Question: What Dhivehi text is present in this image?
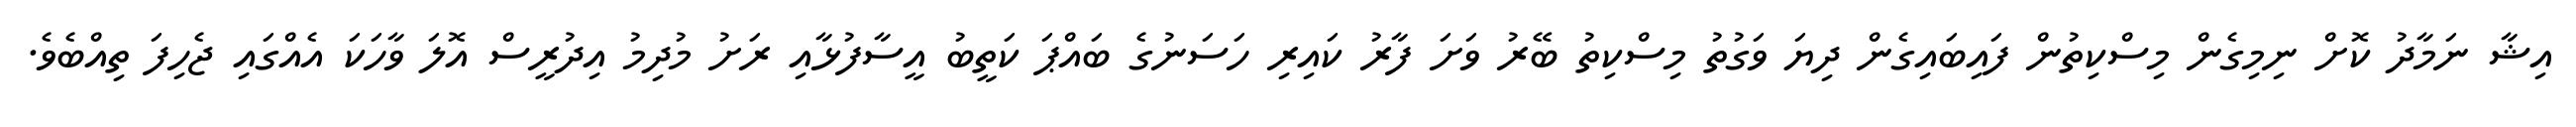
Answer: އިޝާ ނަމާދު ކޮށް ނިމިގެން މިސްކިތުން ފައިބައިގެން ދިޔަ ވަގުތު މިސްކިތު ބޭރު ވަށަ ފާރު ކައިރި ހަސަނުގެ ބައްޕަ ކަތީބު އީސާފުޅާއި ރަށު މުދިމު އިދުރީސް އޮލަ ވާހަކަ އެއްގައި ޖެހިފަ ތިއްބެވެ.